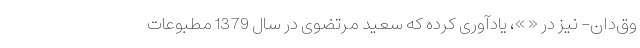
وق‌دان- نیز در « »، یادآوری کرده که سعید مرتضوی در سال 1379 مطبوعات